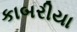
કાબરીયા